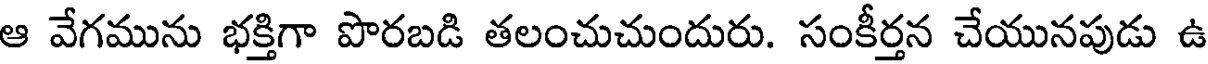
ఆ వేగమును భక్తిగా పొరబడి తలంచుచుందురు. సంకీర్తన చేయునపుడు ఉ